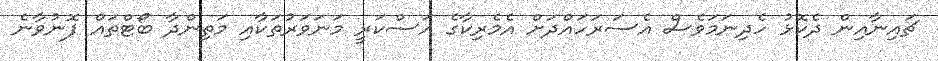
ޗައިނާއިން ދެކޮޅު ހެދިނަމަވެސް އެސަރަހައްދަށް އެމެރިކާގެ އަސްކަރީ މަނަވަރުތަކާއި މަތިންދާ ބޯޓްތައް ފޮނުވާނެ